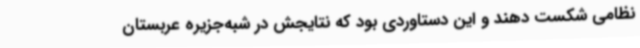
نظامی شکست دهند و این دستاوردی بود که نتایجش در شبه‌جزیره عربستان